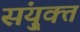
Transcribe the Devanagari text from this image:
संयु्क्त